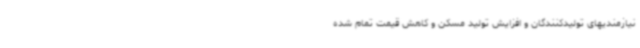
نیازمندیهای تولیدکنندگان و افزایش تولید مسکن و کاهش قیمت تمام شده